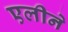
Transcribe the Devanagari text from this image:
एलीने